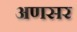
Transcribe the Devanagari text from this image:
अणसर